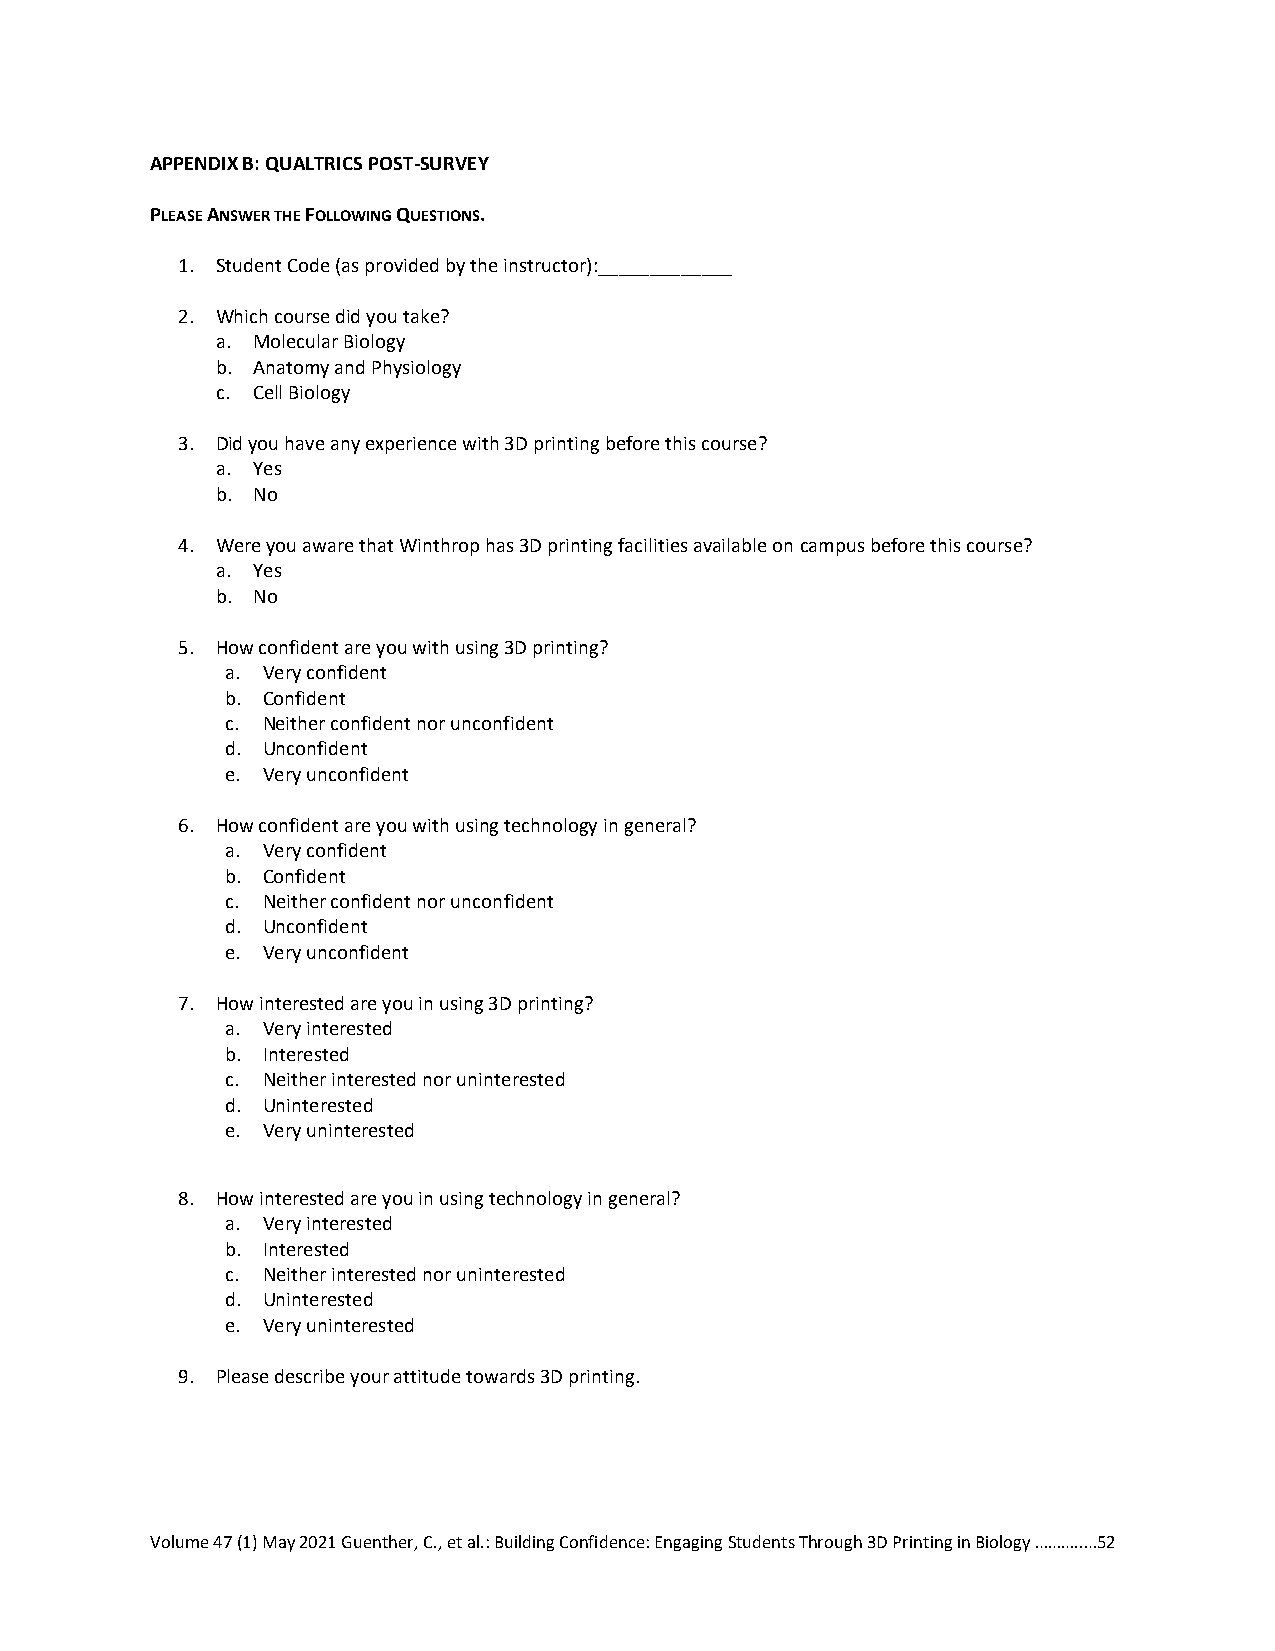
APPENDIX B: QUALTRICS POST-SURVEY
 PLEASE ANSWER THE FOLLOWING QUESTIONS.
 1. Student Code (as provided by the instructor):_____________
 2. Which course did you take?
 a. Molecular Biology
 b. Anatomy and Physiology
 c. Cell Biology
 3. Did you have any experience with 3D printing before this course?
 a. Yes
 b. No
 4. Were you aware that Winthrop has 3D printing facilities available on campus before this course?
 a. Yes
 b. No
 5. How confident are you with using 3D printing?
 a. Very confident
 b. Confident
 c. Neither confident nor unconfident
 d. Unconfident
 e. Very unconfident
 6. How confident are you with using technology in general?
 a. Very confident
 b. Confident
 c. Neither confident nor unconfident
 d. Unconfident
 e. Very unconfident
 7. How interested are you in using 3D printing?
 a. Very interested
 b. Interested
 c. Neither interested nor uninterested
 d. Uninterested
 e. Very uninterested
 8. How interested are you in using technology in general?
 a. Very interested
 b. Interested
 c. Neither interested nor uninterested
 d. Uninterested
 e. Very uninterested
 9. Please describe your attitude towards 3D printing.
 Volume 47 (1) May 2021 Guenther, C., et al.: Building Confidence: Engaging Students Through 3D Printing in Biology ………..…52